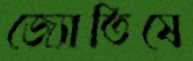
জ্যোতিষে